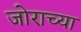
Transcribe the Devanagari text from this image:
जोराच्या